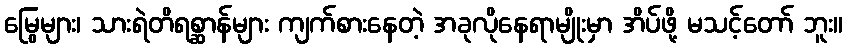
မြွေများ၊ သားရဲတိရစ္ဆာန်များ ကျက်စားနေတဲ့ အခုလိုနေရာမျိုးမှာ အိပ်ဖို့ မသင့်တော် ဘူး။